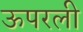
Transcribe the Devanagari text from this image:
ऊपरली